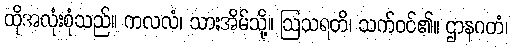
ထိုအလုံးစုံသည်။ ကလလံ၊ သားအိမ်သို့။ ဩသရတိ၊ သက်ဝင်၏။ ဌာနဂတံ၊